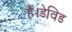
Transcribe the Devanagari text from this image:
हैं।डेविड